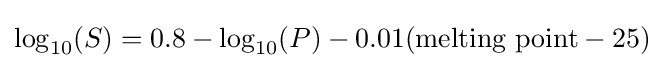
\log _{10}(S)=0.8-\log _{10}(P)-0.01({\text{melting point}}-25)